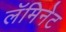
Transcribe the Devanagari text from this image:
लॅमिनेट